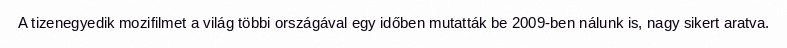
A tizenegyedik mozifilmet a világ többi országával egy időben mutatták be 2009-ben nálunk is, nagy sikert aratva.